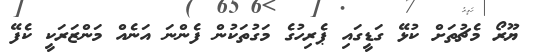
ޔޫރޯ މެޗުތަށް ކުޅޭ ގަޑީގައި ޕެރިހުގެ މަގުތަކުން ފެންނަ އަނެއް މަންޒަރަކީ ކެފޭ